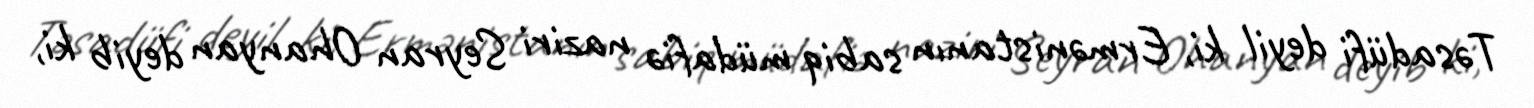
Təsadüfi deyil ki, Ermənistanın sabiq müdafiə naziri Seyran Ohanyan deyib ki,